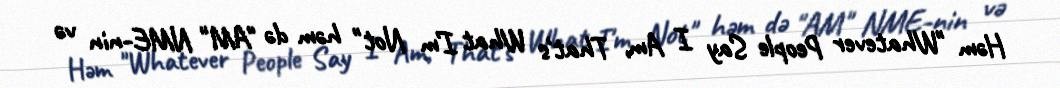
Həm "Whatever People Say I Am, That's What I'm Not" həm də "AM" NME-nin və